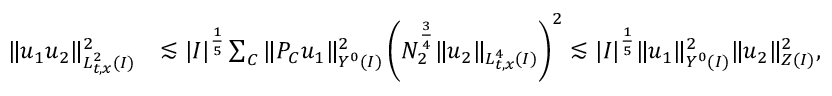
\begin{array} { r l } { \| u _ { 1 } u _ { 2 } \| _ { L _ { t , x } ^ { 2 } ( I ) } ^ { 2 } } & { \lesssim | I | ^ { \frac { 1 } { 5 } } \sum _ { C } \| P _ { C } u _ { 1 } \| _ { Y ^ { 0 } ( I ) } ^ { 2 } \left( N _ { 2 } ^ { \frac { 3 } { 4 } } \| u _ { 2 } \| _ { L _ { t , x } ^ { 4 } ( I ) } \right) ^ { 2 } \lesssim | I | ^ { \frac { 1 } { 5 } } \| u _ { 1 } \| _ { Y ^ { 0 } ( I ) } ^ { 2 } \| u _ { 2 } \| _ { Z ( I ) } ^ { 2 } , } \end{array}